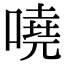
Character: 嘵